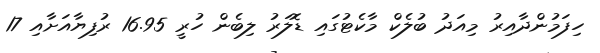
ހިފަމުންދާއިރު މިއަދު ބުލެކް މާކެޓުގައި ޑޮލަރު ލިބެން ހުރީ 16.95 ރުފިޔާއަށާއި 17